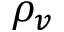
\rho _ { v }